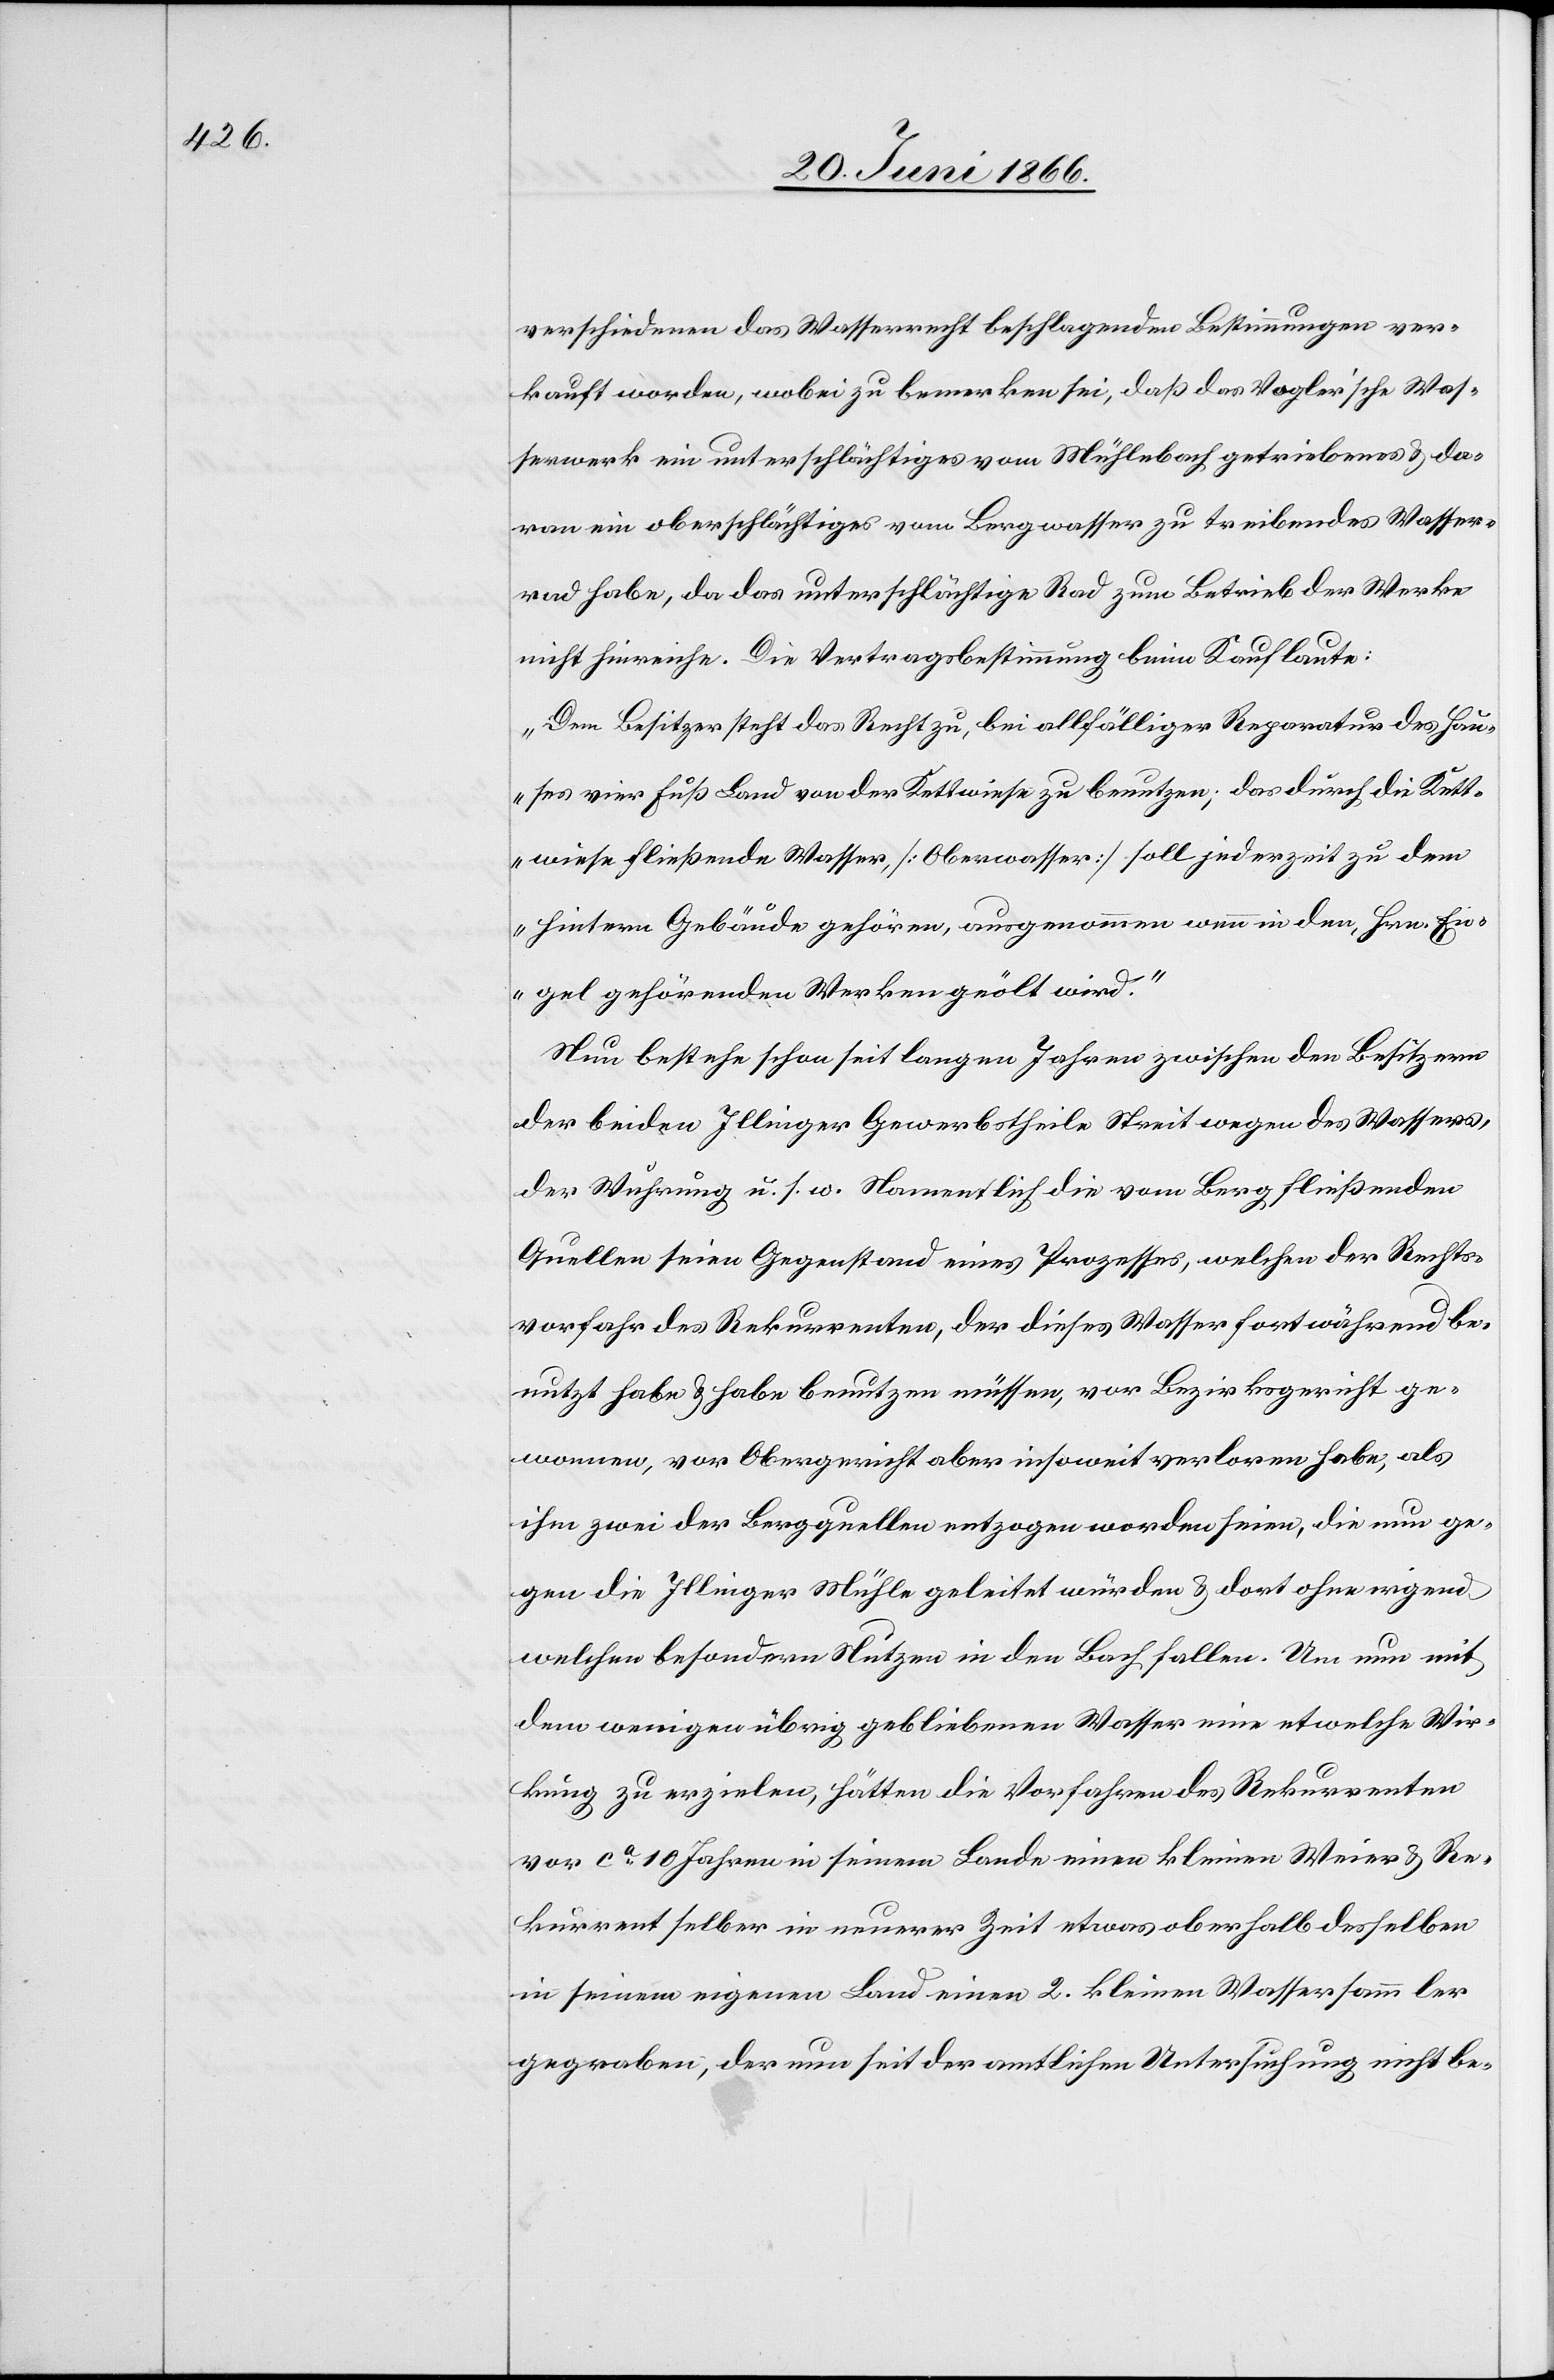
verschiedenen das Wasserrecht beschlagenden Bestimmungen ver¬
kauft worden, wobei zu bemerken sei, daß das Vogler’sche Was¬
serwerk ein unterschlächtiges vom Mühlenbach getriebenes u. da¬
ran ein oberschlächtiges vom Bergwasser zu treibendes Wasser¬
rad habe, da das unterschlächtige Rad zum Betrieb der Werke
nicht hinreiche. Die Vertragsbestimmung beim Kauf laute:
„Dem Besitzer steht das Recht zu, bei allfälliger Reparatur des Hau¬
ses vier Fuß Land von der Kettwiese zu benutzen; das durch die Kett¬
wiese fließende Wasser, [Oberwasser] soll jederzeit zu dem
hintern Gebäude gehören, ausgenommen wenn in den, Hrn. En¬
2.
gel gehörenden Werken geölt wird.“
Nun bestehe schon seit langen Jahren zwischen den Besitzern
der beiden Illinger Gewerbstheile Streit wegen des Wassers,
der Wuhrung u. s. w. Namentlich die vom Berg fließenden
Quellen seien Gegenstand eines Prozesses, welchen der Rechts¬
vorfahr des Rekurrenten, der dieses Wasser fortwährend be¬
nutzt habe u. habe benutzen müssen, vor Bezirksgericht ge¬
wonnen, vor Obergericht aber insoweit verloren habe, als
ihm zwei der Bergquellen entzogen worden seien, die nun ge¬
gen die Illinger Mühle geleitet würden u. dort ohne irgend
welchen besondern Nutzen in den Bach fallen. Um nun mit
dem wenigen übrig gebliebenen Wasser eine etwelche Wir¬
kung zu erzielen, hätten die Vorfahren des Rekurrenten
vor ca. 10 Jahren in seinem Lande einen kleinen Weier u. Re¬
kurrent selber in neuerer Zeit etwas oberhalb in seinem
gegraben, der nun seit der amtlichen Untersuchung nicht be-